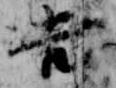
吉